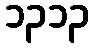
၁၃၁၃